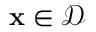
\mathbf { x } \in { \mathcal { D } }